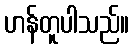
ဟန်တူပါသည်။